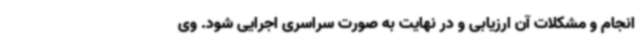
انجام و مشکلات آن ارزیابی و در نهایت به صورت سراسری اجرایی شود. وی